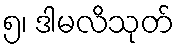
၅၊ ဒါမလိသုတ်